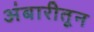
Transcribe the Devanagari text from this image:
अंबारीतून